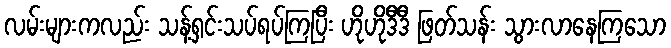
လမ်းများကလည်း သန့်ရှင်းသပ်ရပ်ကြပြီး ဟိုဟိုဒီဒီ ဖြတ်သန်း သွားလာနေကြသော